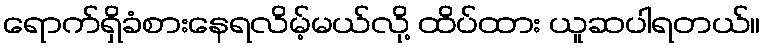
ရောက်ရှိခံစားနေရလိမ့်မယ်လို့ ထိပ်ထား ယူဆပါရတယ်။